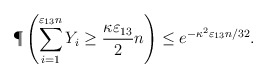
\begin{align*}\P\left(\sum_{i=1}^{\varepsilon_{13}n} Y_i \geq \frac{\kappa\varepsilon_{13}}{2}n\right) \leq e^{-\kappa^2\varepsilon_{13}n/32}.\end{align*}